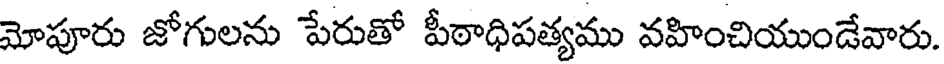
మోపూరు జోగులను పేరుతో పీఠాధిపత్యము వహించియుండేవారు.